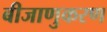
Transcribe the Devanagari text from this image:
बीजाणुकरण